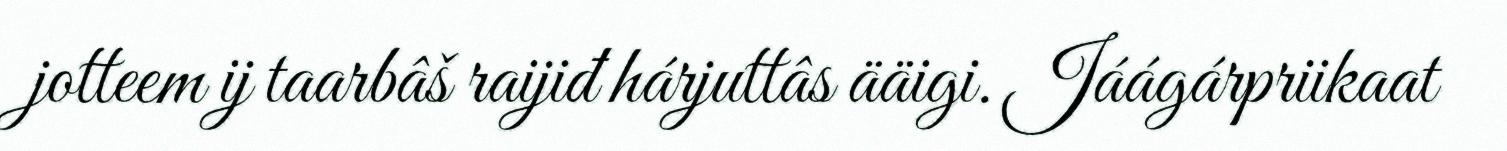
jotteem ij taarbâš raijiđ hárjuttâs ääigi. Jáágárpriikaat